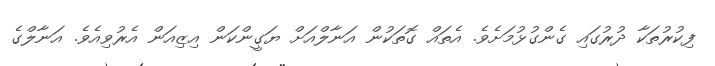
ފިކުރުތަކާ ދުރުގައި ގެންގުޅުމަށެވެ. އެތައް ގޮތަކުން އަނާލްއަށް ޔަގީންކަން އިޒިއަން އެރުވިއެވެ. އަނާލްގެ